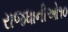
રાજધાનીઓ૧૦